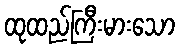
ထုထည်ကြီးမားသော